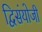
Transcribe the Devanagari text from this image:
द्विसंयोजी